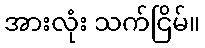
အားလုံး သက်ငြိမ်။